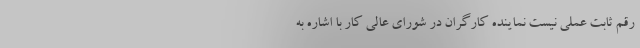
رقم ثابت عملی نیست نماینده کارگران در شورای عالی کار با اشاره به